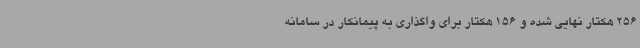
256 هکتار نهایی شده و 156 هکتار برای واگذاری به پیمانکار در سامانه